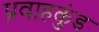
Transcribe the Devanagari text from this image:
प्रवाहकुंड